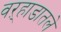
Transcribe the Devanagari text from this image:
वऱ्हाडातले